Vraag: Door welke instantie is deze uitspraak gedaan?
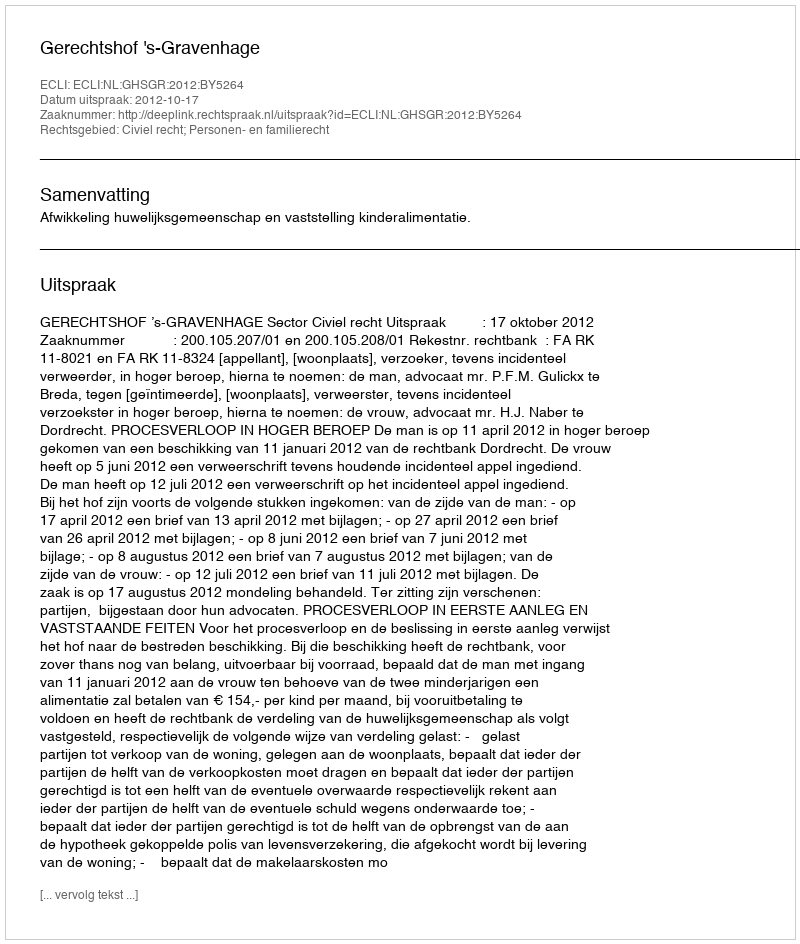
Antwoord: Gerechtshof 's-Gravenhage